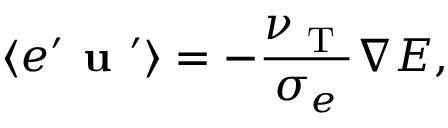
\langle { e ^ { \prime } { \textbf { u } } ^ { \prime } } \rangle = - \frac { \nu _ { \textrm { T } } } { \sigma _ { e } } { \boldsymbol { \nabla } } E ,